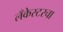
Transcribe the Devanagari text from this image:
लँकेस्टरचा